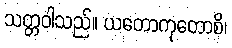
သတ္တဝါသည်။ ယတောကုတောစိ၊